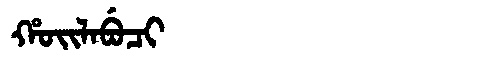
Manchu: ᡥᠣᡳᠯᠠᠪᡠᠴᡳ
Romanization: HOILABUCI